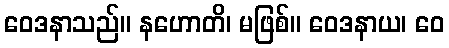
ဝေဒနာသည်။ နဟောတိ၊ မဖြစ်။ ဝေဒနာယ၊ ဝေ